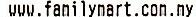
WWW.FAMILYMART.COM.MY